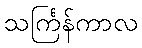
သင်္ကြန်ကာလ